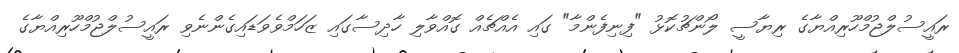
ރައީސުލްޖުމްހޫރިއްޔާގެ ރިޔާސީ ލޯންޗުކޮޅު "ފިނިފެންމާ" ގައި އެއްޗެއް ގޮއްވާލި ހާދިސާގައި ޒަހަމްވެވަޑައިގެންނެވި ރައީސުލްޖުމްހޫރިއްޔާގެ